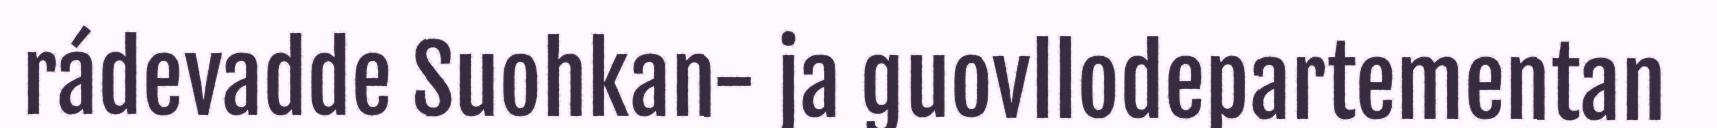
rádevadde Suohkan- ja guovllodepartementan